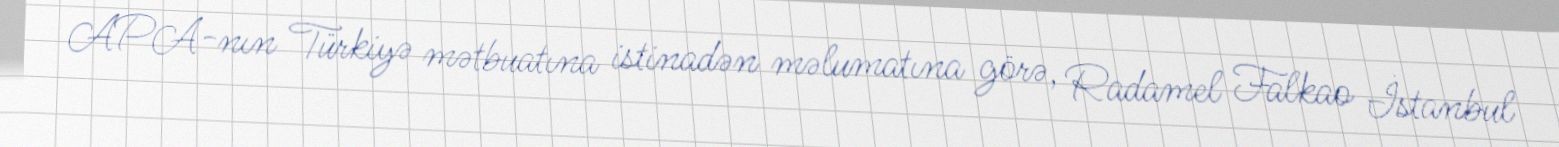
APA-nın Türkiyə mətbuatına istinadən məlumatına görə, Radamel Falkao İstanbul